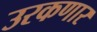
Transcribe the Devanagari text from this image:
उरकणार